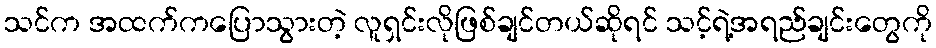
သင်က အထက်ကပြောသွားတဲ့ လူရှင်းလိုဖြစ်ချင်တယ်ဆိုရင် သင့်ရဲ့အရည်ချင်းတွေကို